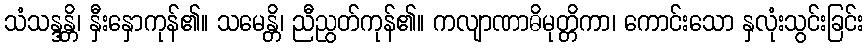
သံသန္ဒန္တိ၊ နှီးနှောကုန်၏။ သမေန္တိ၊ ညီညွတ်ကုန်၏။ ကလျာဏာဓိမုတ္တိကာ၊ ကောင်းသော နှလုံးသွင်းခြင်း